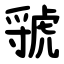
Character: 虢